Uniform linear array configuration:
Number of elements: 8
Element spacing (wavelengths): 0.25
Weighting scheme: blackman
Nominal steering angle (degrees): -45
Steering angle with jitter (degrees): -45.163
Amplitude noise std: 0.05
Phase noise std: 0.05

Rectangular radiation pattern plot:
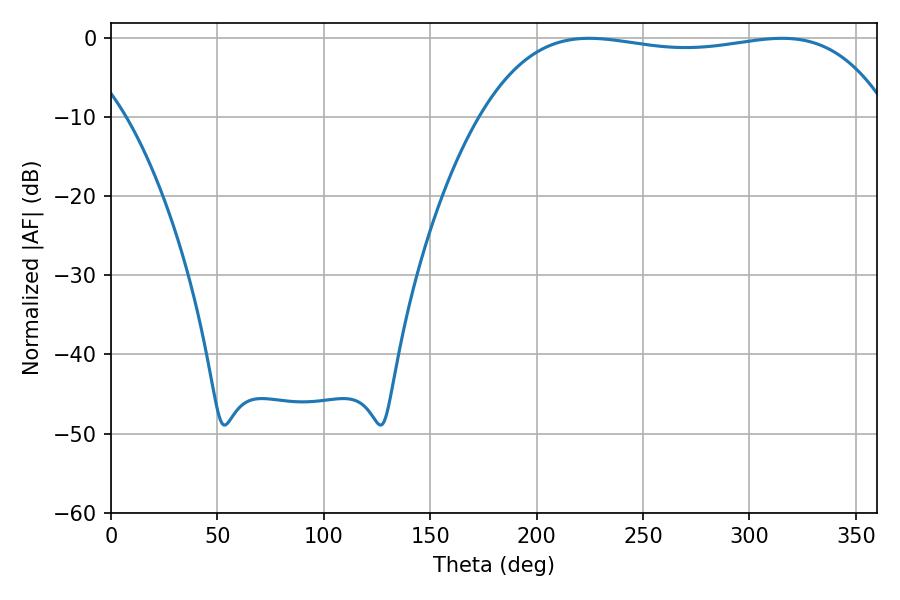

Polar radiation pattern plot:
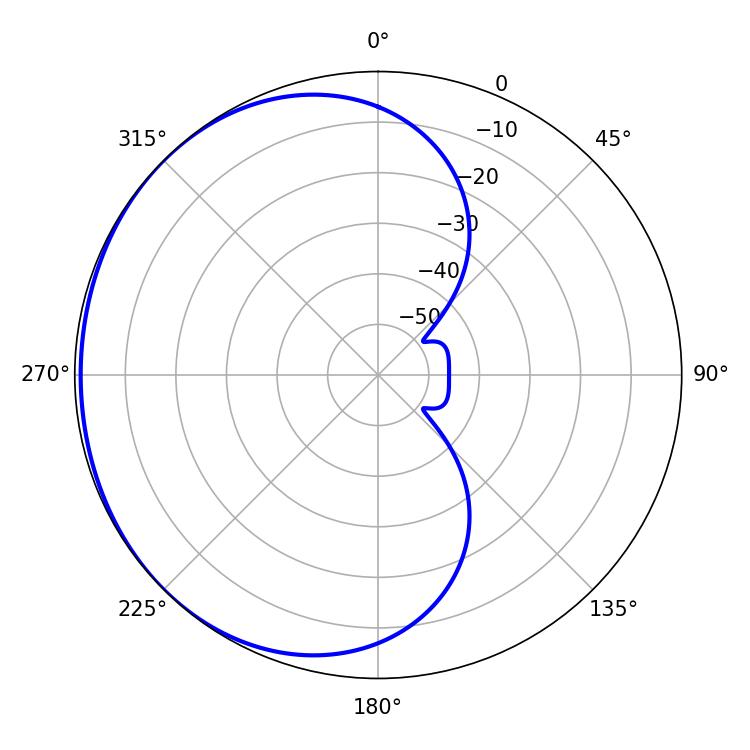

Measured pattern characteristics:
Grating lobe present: FALSE
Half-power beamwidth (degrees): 153
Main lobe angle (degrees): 224.64